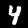
Label: 4